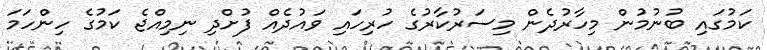
ކަމުގައި ބުނުމުން މިހާރުދެން މިސަރުކާރުގެ ހުރިހައި ވައުދެއް ފުށްދި ނިމިއްޖެ ކަމުގެ ހިންހަމަ